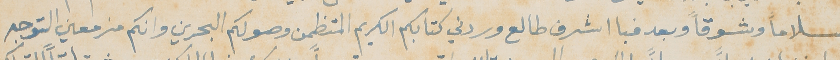
سلاماً وشوقاً وبعد فبا اشرف طالع وردني كتابكم الكريم المتظمن وصولكم البحرين وانكم مزمعين التوجه